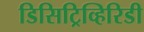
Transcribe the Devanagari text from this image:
डिसिट्रिव्हिरिडी